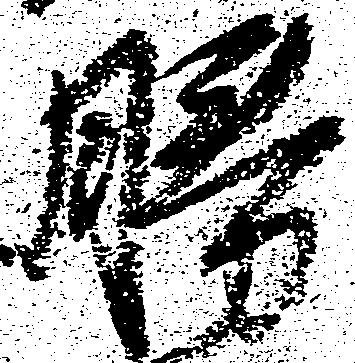
勝